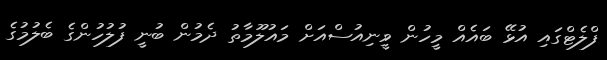
ފްލެޓްގައި އުޅޭ ބައެއް މީހުން ވީނިއުސްއަށް މައުލޫމާތު ދެމުން ބުނީ ފުލުހުންގެ ބެލުމުގެ